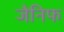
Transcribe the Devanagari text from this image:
जैनिफ